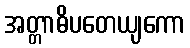
အတ္တာဓိပတေယျကော